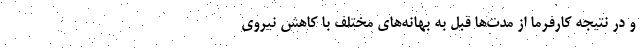
و در نتیجه کارفرما از مدت‌ها قبل به بهانه‌های مختلف با کاهش نیروی